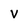
Character: v